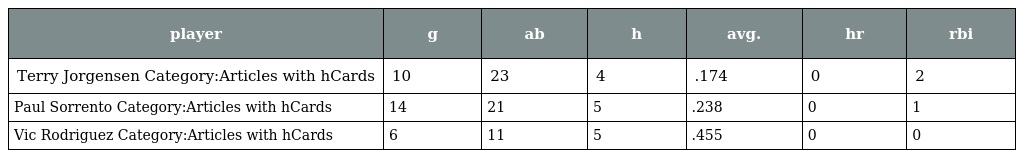
| player | g | ab | h | avg. | hr | rbi |
 | --- | --- | --- | --- | --- | --- | --- |
 | Terry Jorgensen Category:Articles with hCards | 10 | 23 | 4 | .174 | 0 | 2 |
 | Paul Sorrento Category:Articles with hCards | 14 | 21 | 5 | .238 | 0 | 1 |
 | Vic Rodriguez Category:Articles with hCards | 6 | 11 | 5 | .455 | 0 | 0 |